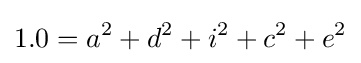
1.0=a^{2}+d^{2}+i^{2}+c^{2}+e^{2}